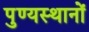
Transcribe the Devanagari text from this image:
पुण्यस्थानों